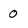
Character: 0